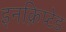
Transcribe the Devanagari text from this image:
इनक्रिप्टेड